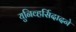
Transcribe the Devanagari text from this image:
युनिव्हर्सिदादने